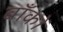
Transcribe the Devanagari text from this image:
बाँकों